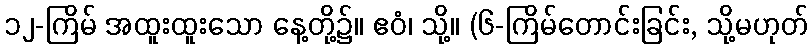
၁၂-ကြိမ် အထူးထူးသော နေ့တို့၌။ ဧဝံ၊ သို့။ (၆-ကြိမ်တောင်းခြင်း, သို့မဟုတ်